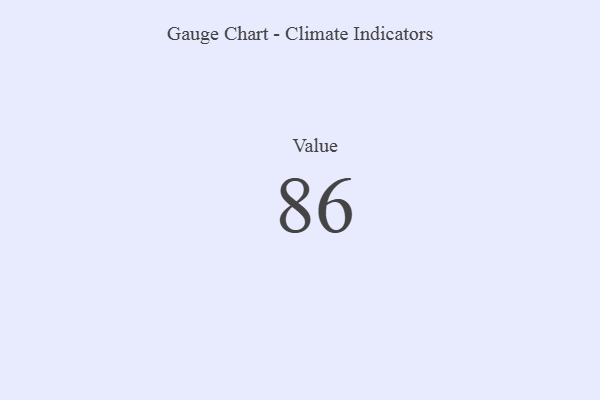
{"axis": {"x": "Metric", "y": "Value"}, "legend": [""], "data": [{"x": "Value", "y": 86, "type": ""}]}